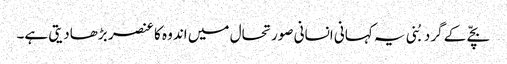
بچّے کے گرد بُنی یہ کہانی انسانی صورتحال میں اندو ہ کا عنصر بڑھادیتی ہے۔